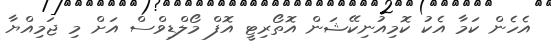
އެހެން ކަމާ އެކު ކޮމިއުނިކޭޝަން އޮތޯރިޓީ އޮފް މޯލްޑިވްސް އަށް މި ޖަމިއްޔާ